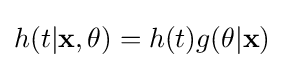
h(t|\mathbf {x} ,\mathbf {\theta } )=h(t)g(\mathbf {\theta } |\mathbf {x} )